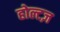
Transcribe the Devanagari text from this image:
होल्टज़